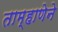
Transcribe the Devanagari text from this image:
ताम्हाणेने